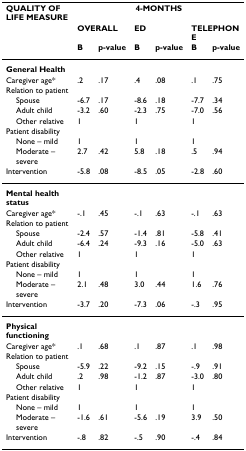
<table><thead><tr><td><b>QUALITY OF LIFE MEASURE</b></td><td colspan="6"><b>4-MONTHS</b></td></tr><tr><td></td><td colspan="2"><b>OVERALL</b></td><td colspan="2"><b>ED</b></td><td colspan="2"><b>TELEPHONE</b></td></tr><tr><td></td><td><b>B</b></td><td><b>p-value</b></td><td><b>B</b></td><td><b>p-value</b></td><td><b>B</b></td><td><b>p-value</b></td></tr></thead><tbody><tr><td><b>General Health</b></td><td></td><td></td><td></td><td></td><td></td><td></td></tr><tr><td>Caregiver age*</td><td>.2</td><td>.17</td><td>.4</td><td>.08</td><td>.1</td><td>.75</td></tr><tr><td>Relation to patient</td><td></td><td></td><td></td><td></td><td></td><td></td></tr><tr><td> Spouse</td><td>-6.7</td><td>.17</td><td>-8.6</td><td>.18</td><td>-7.7</td><td>.34</td></tr><tr><td> Adult child</td><td>-3.2</td><td>.60</td><td>-2.3</td><td>.75</td><td>-7.0</td><td>.56</td></tr><tr><td> Other relative</td><td>1</td><td></td><td>1</td><td></td><td>1</td><td></td></tr><tr><td>Patient disability</td><td></td><td></td><td></td><td></td><td></td><td></td></tr><tr><td> None – mild</td><td>1</td><td></td><td>1</td><td></td><td>1</td><td></td></tr><tr><td> Moderate – severe</td><td>2.7</td><td>.42</td><td>5.8</td><td>.18</td><td>.5</td><td>.94</td></tr><tr><td>Intervention</td><td>-5.8</td><td>.08</td><td>-8.5</td><td>.05</td><td>-2.8</td><td>.60</td></tr><tr><td><b>Mental health status</b></td><td></td><td></td><td></td><td></td><td></td><td></td></tr><tr><td>Caregiver age*</td><td>-.1</td><td>.45</td><td>-.1</td><td>.63</td><td>-.1</td><td>.63</td></tr><tr><td>Relation to patient</td><td></td><td></td><td></td><td></td><td></td><td></td></tr><tr><td> Spouse</td><td>-2.4</td><td>.57</td><td>-1.4</td><td>.81</td><td>-5.8</td><td>.41</td></tr><tr><td> Adult child</td><td>-6.4</td><td>.24</td><td>-9.3</td><td>.16</td><td>-5.0</td><td>.63</td></tr><tr><td> Other relative</td><td>1</td><td></td><td>1</td><td></td><td>1</td><td></td></tr><tr><td>Patient disability</td><td></td><td></td><td></td><td></td><td></td><td></td></tr><tr><td> None – mild</td><td>1</td><td></td><td>1</td><td></td><td>1</td><td></td></tr><tr><td> Moderate – severe</td><td>2.1</td><td>.48</td><td>3.0</td><td>.44</td><td>1.6</td><td>.76</td></tr><tr><td>Intervention</td><td>-3.7</td><td>.20</td><td>-7.3</td><td>.06</td><td>-.3</td><td>.95</td></tr><tr><td><b>Physical functioning</b></td><td></td><td></td><td></td><td></td><td></td><td></td></tr><tr><td>Caregiver age*</td><td>.1</td><td>.68</td><td>.1</td><td>.87</td><td>.1</td><td>.98</td></tr><tr><td>Relation to patient</td><td></td><td></td><td></td><td></td><td></td><td></td></tr><tr><td> Spouse</td><td>-5.9</td><td>.22</td><td>-9.2</td><td>.15</td><td>-.9</td><td>.91</td></tr><tr><td> Adult child</td><td>.2</td><td>.98</td><td>-1.2</td><td>.87</td><td>-3.0</td><td>.80</td></tr><tr><td> Other relative</td><td>1</td><td></td><td>1</td><td></td><td>1</td><td></td></tr><tr><td>Patient disability</td><td></td><td></td><td></td><td></td><td></td><td></td></tr><tr><td> None – mild</td><td>1</td><td></td><td>1</td><td></td><td>1</td><td></td></tr><tr><td> Moderate – severe</td><td>-1.6</td><td>.61</td><td>-5.6</td><td>.19</td><td>3.9</td><td>.50</td></tr><tr><td>Intervention</td><td>-.8</td><td>.82</td><td>-.5</td><td>.90</td><td>-.4</td><td>.84</td></tr></tbody></table>